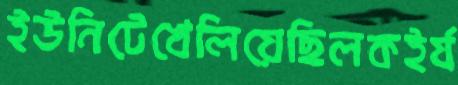
ইউনিটেখেলিয়েছিলকইর্য